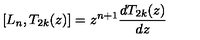
\left[ L _ { n } , T _ { 2 k } ( z ) \right] = z ^ { n + 1 } \frac { d T _ { 2 k } ( z ) } { d z }